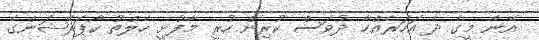
އޭނާ މީގެ ދެ އަހަރެއްހާ ދުވަސް ކުރިން ހުރީ މާފުށީ ހެލްތު ކޯޕަރޭޝަންގެ